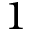
1